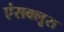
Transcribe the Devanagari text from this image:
एंसक्लूस